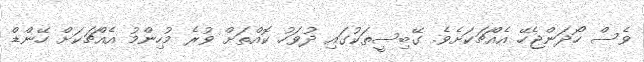
ވެސް ހޯދަންޖެހޭ އެއްޗަކަށެވެ. ގޭބިސީތަކުގައި ދުވަހު ކޮއްތަށް ވުރެ މުހިންމުު އެއްޗަކަށް ހޭންޑް